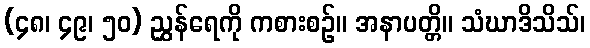
(၄၈၊ ၄၉၊ ၅၀) ညွှန်ရေကို ကစားစဉ်။ အနာပတ္တိ။ သံဃာဒိသိသ်၊